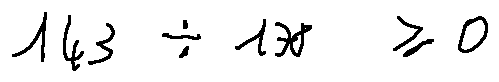
1 4 3 \div 1 7 8 \geq 0